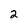
Character: 2